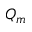
Q _ { m }